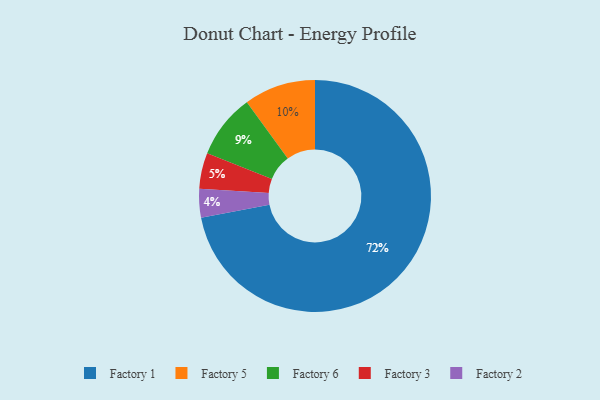
{"axis": {"x": "Category", "y": "Percentage"}, "legend": ["Factory 1", "Factory 2", "Factory 3", "Factory 5", "Factory 6"], "data": [{"x": "Factory 1", "y": 72, "type": "Factory 1"}, {"x": "Factory 5", "y": 10, "type": "Factory 5"}, {"x": "Factory 6", "y": 9, "type": "Factory 6"}, {"x": "Factory 3", "y": 5, "type": "Factory 3"}, {"x": "Factory 2", "y": 4, "type": "Factory 2"}]}